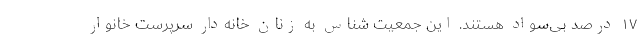
۱۷ درصد بی‌سواد هستند. این جمعیت شناس به زنان خانه‌دار سرپرست خانوار